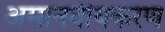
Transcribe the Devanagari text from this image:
अमानवीयकरण